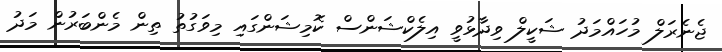
ޖެނެރަލް މުހައްމަދު ޝަކީލް ވިދާޅުވީ އިލެކްޝަންސް ކޮމިޝަންގައި މިވަގުތު ތިން މެންބަރުން މަދު